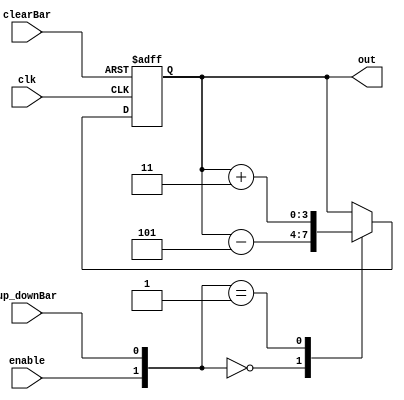
`timescale 1ns / 1ps
// Q5 Up Down Counter
// Counts up by 3 when enable=0 and up_downBar=1
// Counts down by 5 when enable=0 and up_downBar=0
// Count value is retained when enable=1
// clearbar is fed as asynchronous clear
module counter_up_down(
    output reg [3:0] out,			//Output of the counter
    input enable, clearBar, up_downBar, clk
    );
    always @(posedge clk, negedge clearBar)
    begin
    if(clearBar == 0) out<= 4'b0000;		//To clear the output
    else begin
       case({enable,up_downBar})
       2'b00: out <= out-5;	//Down Count
       2'b01: out <= out+3;	//Up Count
       default: out <= out;	//Retain value
       endcase
       end
    end
endmodule